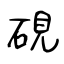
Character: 硯